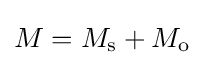
M=M_{\text{s}}+M_{\text{o}}